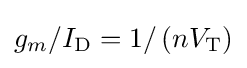
g_{m}/I_{\text{D}}=1/\left(nV_{\text{T}}\right)